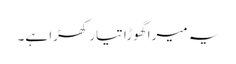
یہ میرا گھوڑا تیار کھڑا ہے۔